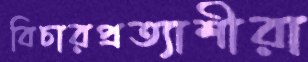
বিচারপ্রত্যাশীরা